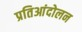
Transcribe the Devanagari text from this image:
प्रतिआंदोलन